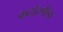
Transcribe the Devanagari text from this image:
कठोरपीडा